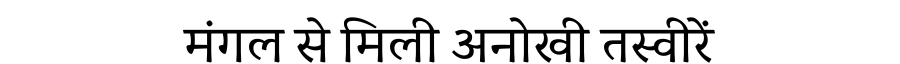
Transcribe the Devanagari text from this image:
मंगल से मिली अनोखी तस्वीरें